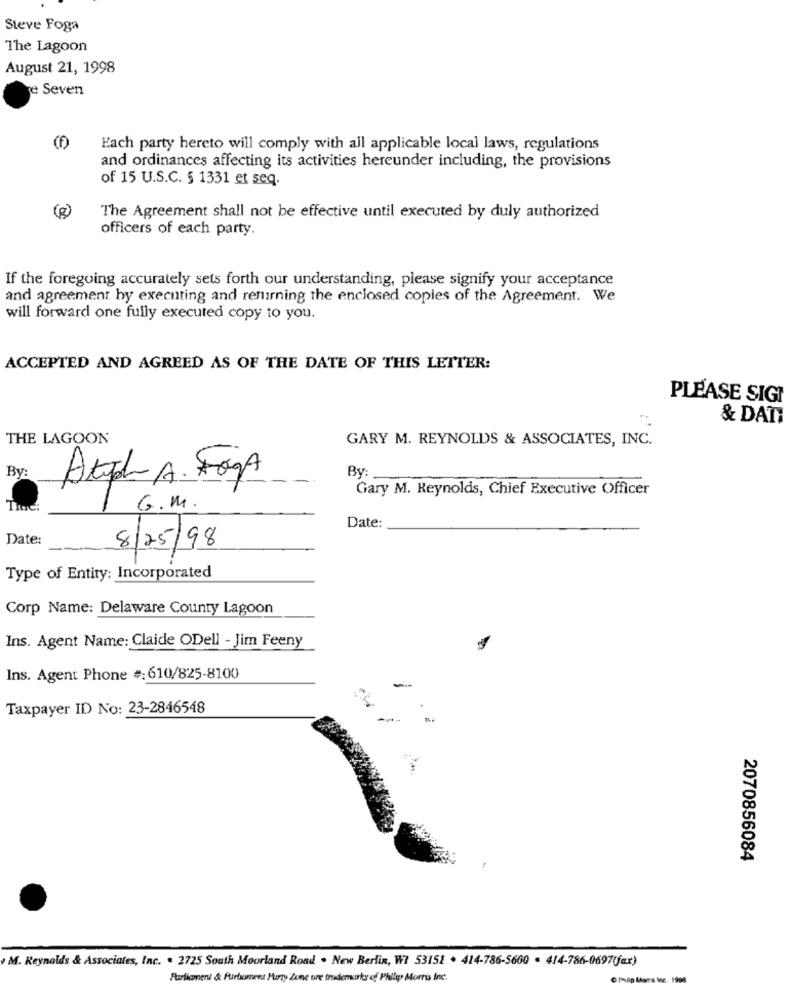
Steve Foga
The Lagoon
August 21, 1998
e Seven
Each party hereto will comply with all applicable local laws, regulations
and ordinances affecting its activities hereunder including, the provisions
of 15 U.S.C. § 1331 et seq.
The Agreement shall not be effective until executed by duly authorized
officers of each party.
If the foregoing accurately sets forth our understanding, please signify your acceptance
and agreement by executing and returning the enclosed copies of the Agreement. We
will forward one fully executed copy to you.
ACCEPTED AND AGREED AS OF THE DATE OF THIS LETTER:
PLEASE SIGI
& DATI
THE LAGOON
GARY M. REYNOLDS & ASSOCIATES, INC.
By
By:
Atpl A. FogA
Gary M. Reynolds, Chief Executive Officer
G.M.
Date:
Date:
8/25/98
Type of Entity: Incorporated
Corp Name: Delaware County Lagoon
Ins. Agent Name: Claide ODell - Jim Feeny
Ins. Agent Phone #: 610/825-8100
Taxpayer ID No: 23-2846548
2070856084
M. Reynolds & Associates, Inc. . 2725 South Moorland Road . New Berlin, WI 53152 . 414-786-5660 . 414-786-0697(fax)
Perticonenl & Furbament Hurty Zune ure trudemurks of Philip Morris Inc.
O Priap Moers inc. 1908